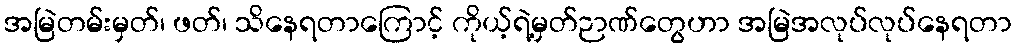
အမြဲတမ်းမှတ်၊ ဖတ်၊ သိနေရတာကြောင့် ကိုယ့်ရဲ့မှတ်ဉာဏ်တွေဟာ အမြဲအလုပ်လုပ်နေရတာ